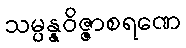
သမ္ပန္နဝိဇ္ဇာစရဏေ